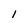
Character: 1